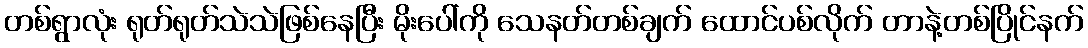
တစ်ရွာလုံး ရုတ်ရုတ်သဲသဲဖြစ်နေပြီး မိုးပေါ်ကို သေနတ်တစ်ချက် ထောင်ပစ်လိုက် တာနဲ့တစ်ပြိုင်နက်